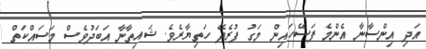
އަދި އިންސާނާ އެންމެ ފަސޭހައިން މަގު ފުރެދޭ ހަތިޔާރެވެ. ޝައިތާނާ އަބަދުވެސް މަސައްކަތް